Insane asylums Bombay 1873-77 - 1873-1877
Year: 1873
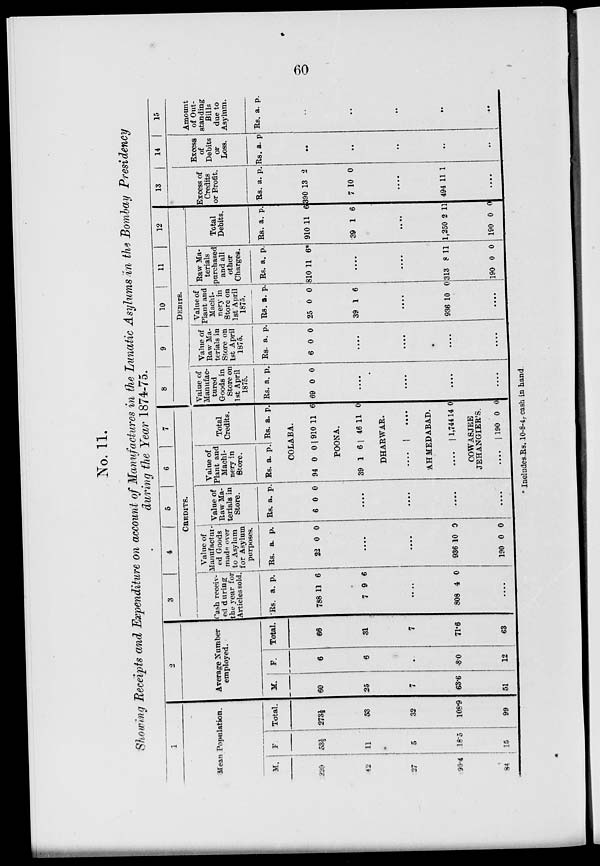
60
No. 11.
Showing Receipts and Expenditure on account of Manufactures in the Lunatic Asylums in the Bombay Presidency
during the Year 1874-75.
1
Mean Population.
M.
220
42
27
90.4
84
F.
53 ½
11
5
18.5
15
Total.
273 ½
53
32
108.9
99
2
Average Number
employed.
M.
60
25
7
63.6
51
F.
6
6
..
8.0
12
Total.
66
31
7
71.6
63
3
4
5
6
7
CREDITS.
Cash receiv-
ed during
the year for
Articles sold.
Rs. a. p.
788 11 6
7 9 6
....
808 4 0
....
Value of
Manufactur-
ed Goods
made over
to Asylum
for Asylum
purposes.
Rs. a. p.
22 0 0
....
....
936 10 0
190 0 0
Value of
Raw Ma-
terials in
Store.
Rs. a. p.
6 0 0
....
....
....
....
Value of
Plant and
Machi-
nery in
Store.
Rs. a. p.
Total
Credits.
Rs. a. p.
COLABA.
94 0 0 910 11 6
POONA.
39 1 6 46 11 0
DHARWAR.
....
....
AHMEDABAD.
....
1,744 14 0
COWASJEE
JEHANGIER'S.
....
190 0 0
8
9
10
11
12
DEBITS.
Value of
Manufac-
tured
Goods in
Store on
1st April
1875.
Rs. a. p.
69 0 0
....
....
....
....
Value of
Raw Ma-
terials in
Store on
1st April
1875.
Rs. a. p.
6 0 0
....
....
....
....
Value of
Plant and
Machi-
nery in
Store on
1st April
1875.
Rs. a. p.
25 0 0
39 1 6
....
936 10 0
....
Raw Ma-
terials
purchased
and all
other
Charges.
Rs. a. p.
810 11 6*
....
....
313 8 11
190 0 0
Total
Debits.
Rs. a. p.
910 11 6
39 1 6
....
1,250 2 11
190 0 0
13
Excess of
Credits
or Profit.
Rs. a. p.
390 13 2
7 10 0
....
494 11 1
....
14
Excess
of
Debits
or
Loss.
Rs. a. p.
..
..
..
..
..
15
Amount
of Out-
standing
Bills
due to
Asylum.
Rs. a. p.
..
..
..
..
..
* Includes Rs. 10-8-4, cash in hand.